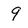
Character: 9